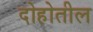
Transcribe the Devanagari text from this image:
दोहोतील